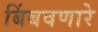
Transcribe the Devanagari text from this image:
बिंबवणारे